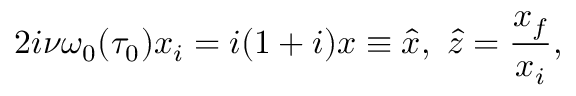
2 i \nu \omega _ { 0 } ( \tau _ { 0 } ) x _ { i } = i ( 1 + i ) x \equiv \hat { x } , \, \, \hat { z } = \frac { x _ { f } } { x _ { i } } ,